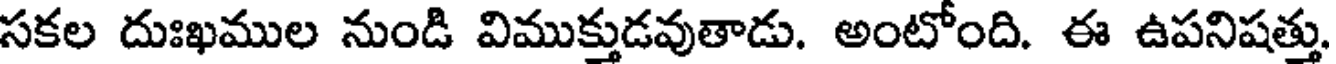
సకల దుఃఖముల నుండి విముక్తుడవుతాడు. అంటోంది. ఈ ఉపనిషత్తు